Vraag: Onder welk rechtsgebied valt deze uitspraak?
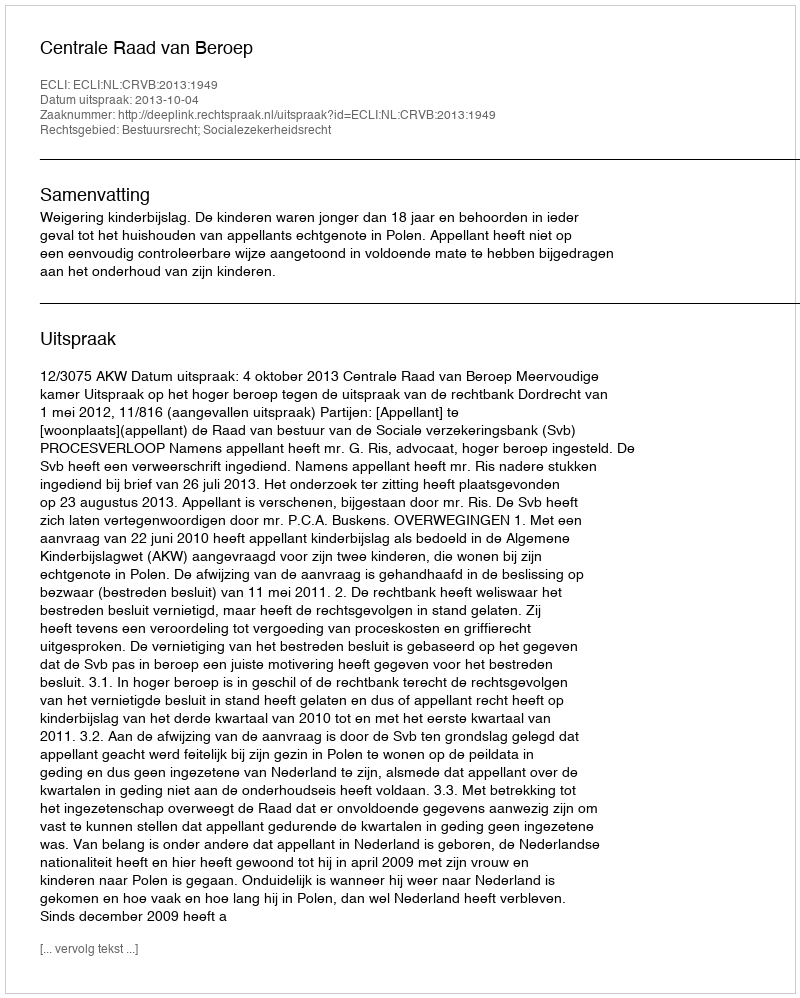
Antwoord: Bestuursrecht; Socialezekerheidsrecht